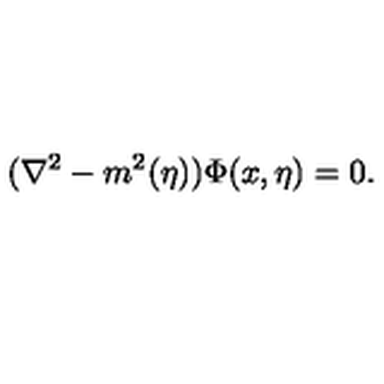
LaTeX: ( { \nabla } ^ { 2 } - m ^ { 2 } ( \eta ) ) \Phi ( x , \eta ) = 0 .